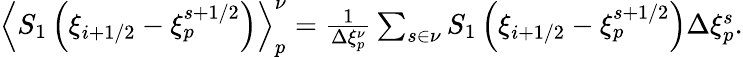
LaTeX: \begin{array}{r}{\left\langle{{S_{1}}}\left({\xi}_{i+1/2}-{\xi}_{p}^{s+1/2}\right)\right\rangle_{p}^{\nu}=\frac{1}{\Delta\xi_{p}^{\nu}}\sum_{s\in\nu}S_{1}\left(\xi_{i+1/2}-\xi_{p}^{s+1/2}\right)\Delta\xi_{p}^{s}.}\end{array}